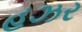
હઝર